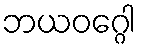
ဘယဝဂ္ဂေါ